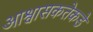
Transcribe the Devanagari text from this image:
आश्वासकतेकडे